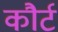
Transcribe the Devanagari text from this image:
कौर्ट